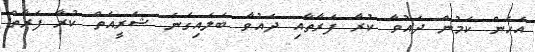
އެހެން ކަމުން ދައުވާ ކުރާ ފަރާތާއި ދައުވާ ބަލައިގަނެ ޝަރީއަތް ކުރާ ފަރާތް